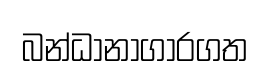
බන්ධානාගාරගත